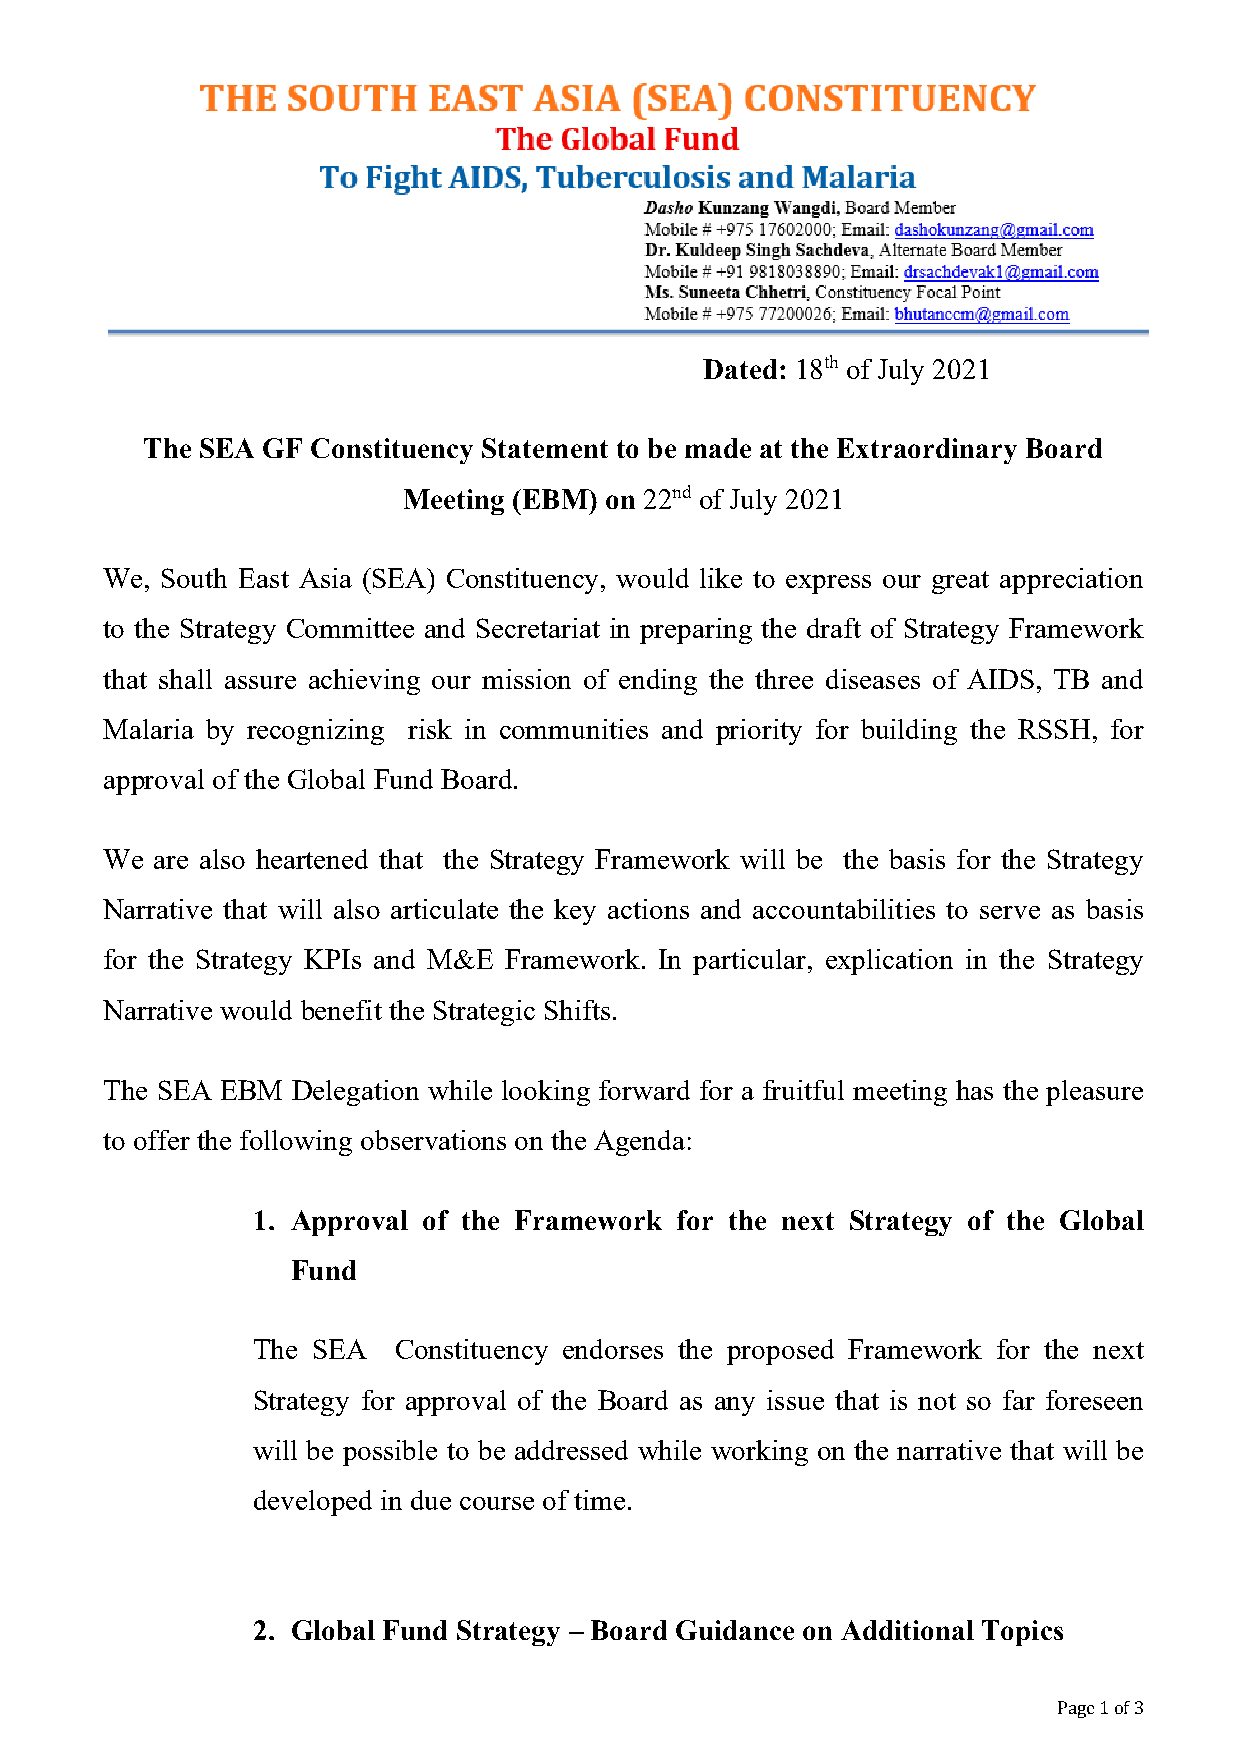
Dated: 18th of July 2021
 The SEA GF  Constituency Statement to be made at the Extraordinary Board
 Meeting (EBM) on 22nd of July 2021
 We, South East Asia (SEA) Constituency, would like to express our great appreciation
 to the Strategy Committee and Secretariat in preparing the draft of Strategy Framework
 that shall assure achieving our mission of ending the three diseases of AIDS, TB and
 Malaria by recognizing risk in communities and priority for building the RSSH, for
 approval of the Global Fund Board.
 We are also heartened that the Strategy Framework will be the basis for the Strategy
 Narrative that will also articulate the key actions and accountabilities to serve as basis
 for the Strategy KPIs and M&E Framework. In particular, explication in the Strategy
 Narrative would benefit the Strategic Shifts.
 The SEA EBM Delegation while looking forward for a fruitful meeting has the pleasure
 to offer the following observations on the Agenda:
 1. Approval of the Framework for the next Strategy of the Global
 Fund
 The SEA  Constituency endorses the proposed Framework for the next
 Strategy for approval of the Board as any issue that is not so far foreseen
 will be possible to be addressed while working on the narrative that will be
 developed in due course of time.
 2. Global Fund Strategy – Board Guidance on Additional Topics
 Page 1 of 3